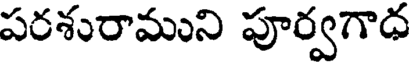
పరశురాముని పూర్వగాధ